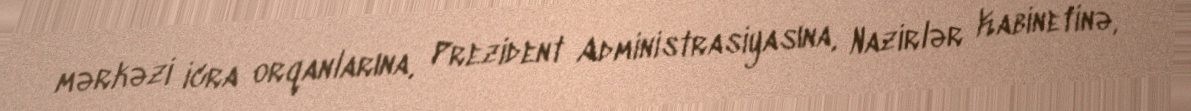
mərkəzi icra orqanlarına, Prezident Administrasiyasına, Nazirlər Kabinetinə,